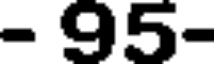
- 95-